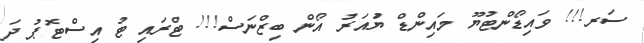
ސަރ!!! ވައިޑޯންޓުޔޫ މައިންޑް ޔުައަރު އޯން ބިޒްނަސް!!! ޓްރައި ޓު އިސްޓޮޕު ދަ